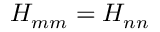
H _ { m m } = H _ { n n }